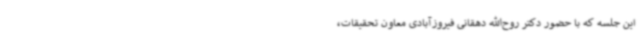
این جلسه که با حضور دکتر روح‌الله دهقانی فیروزآبادی معاون تحقیقات،